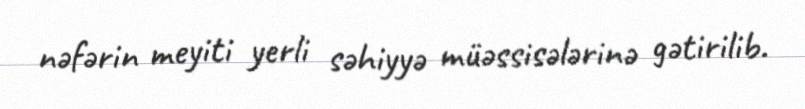
nəfərin meyiti yerli səhiyyə müəssisələrinə gətirilib.